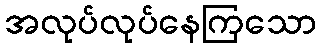
အလုပ်လုပ်နေကြသော